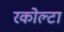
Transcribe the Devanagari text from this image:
रकोल्टा